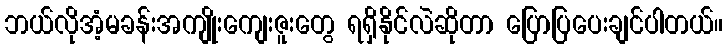
ဘယ်လိုအံ့မခန်းအကျိုးကျေးဇူးတွေ ရရှိနိုင်လဲဆိုတာ ပြောပြပေးချင်ပါတယ်။